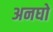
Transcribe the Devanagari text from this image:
अनघो